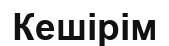
Кешірім